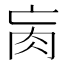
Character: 𦘻